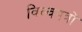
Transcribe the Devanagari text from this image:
विल्वपत्रों